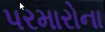
પરમારોના